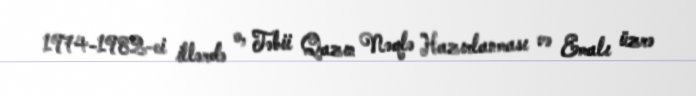
1974-1982-ci illərdə o, Təbii Qazın Nəqlə Hazırlanması və Emalı üzrə